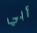
أبي